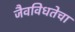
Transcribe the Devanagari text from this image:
जैवविधतेचा